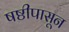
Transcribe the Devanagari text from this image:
षष्ठीपासून